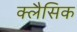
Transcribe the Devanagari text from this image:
क्लैसिक